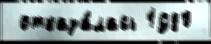
 отказа́лась 1980